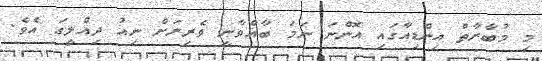
މި މުބާރާތް އިންޑިއާގައި އޮންނަ ނަމަ ބާއްވާނީ ވެރިރަށް ނިއު ދިއްލީގަ އެވެ.